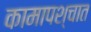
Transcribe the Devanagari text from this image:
कामापश्चात